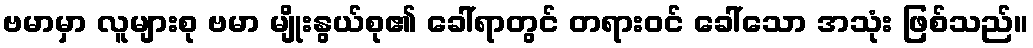
ဗမာမှာ လူများစု ဗမာ မျိုးနွယ်စု၏ ခေါ်ရာတွင် တရားဝင် ခေါ်သော အသုံး ဖြစ်သည်။